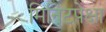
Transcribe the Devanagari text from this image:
मिनिटपेक्षा